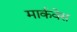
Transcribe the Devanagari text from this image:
मार्कवेस